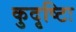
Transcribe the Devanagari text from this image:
कुदृष्टिः